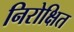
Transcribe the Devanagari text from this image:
निरोक्षित